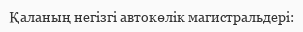
Қаланың негізгі автокөлік магистральдері: